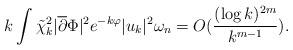
LaTeX: \begin{align*}k \int \tilde{\chi}^2_{k} |\overline{\partial} \Phi|^2 e^{-k \varphi} |{u}_{k}|^2 \omega_{n}= O(\frac{(\log k)^{2m}}{k^{m-1}}). \end{align*}